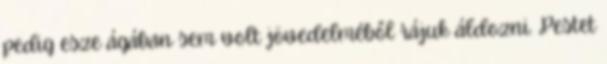
pedig esze ágában sem volt jövedelméből rájuk áldozni. Pestet